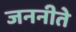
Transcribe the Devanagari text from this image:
जननीते